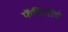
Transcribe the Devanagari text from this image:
फॅमिलीचे